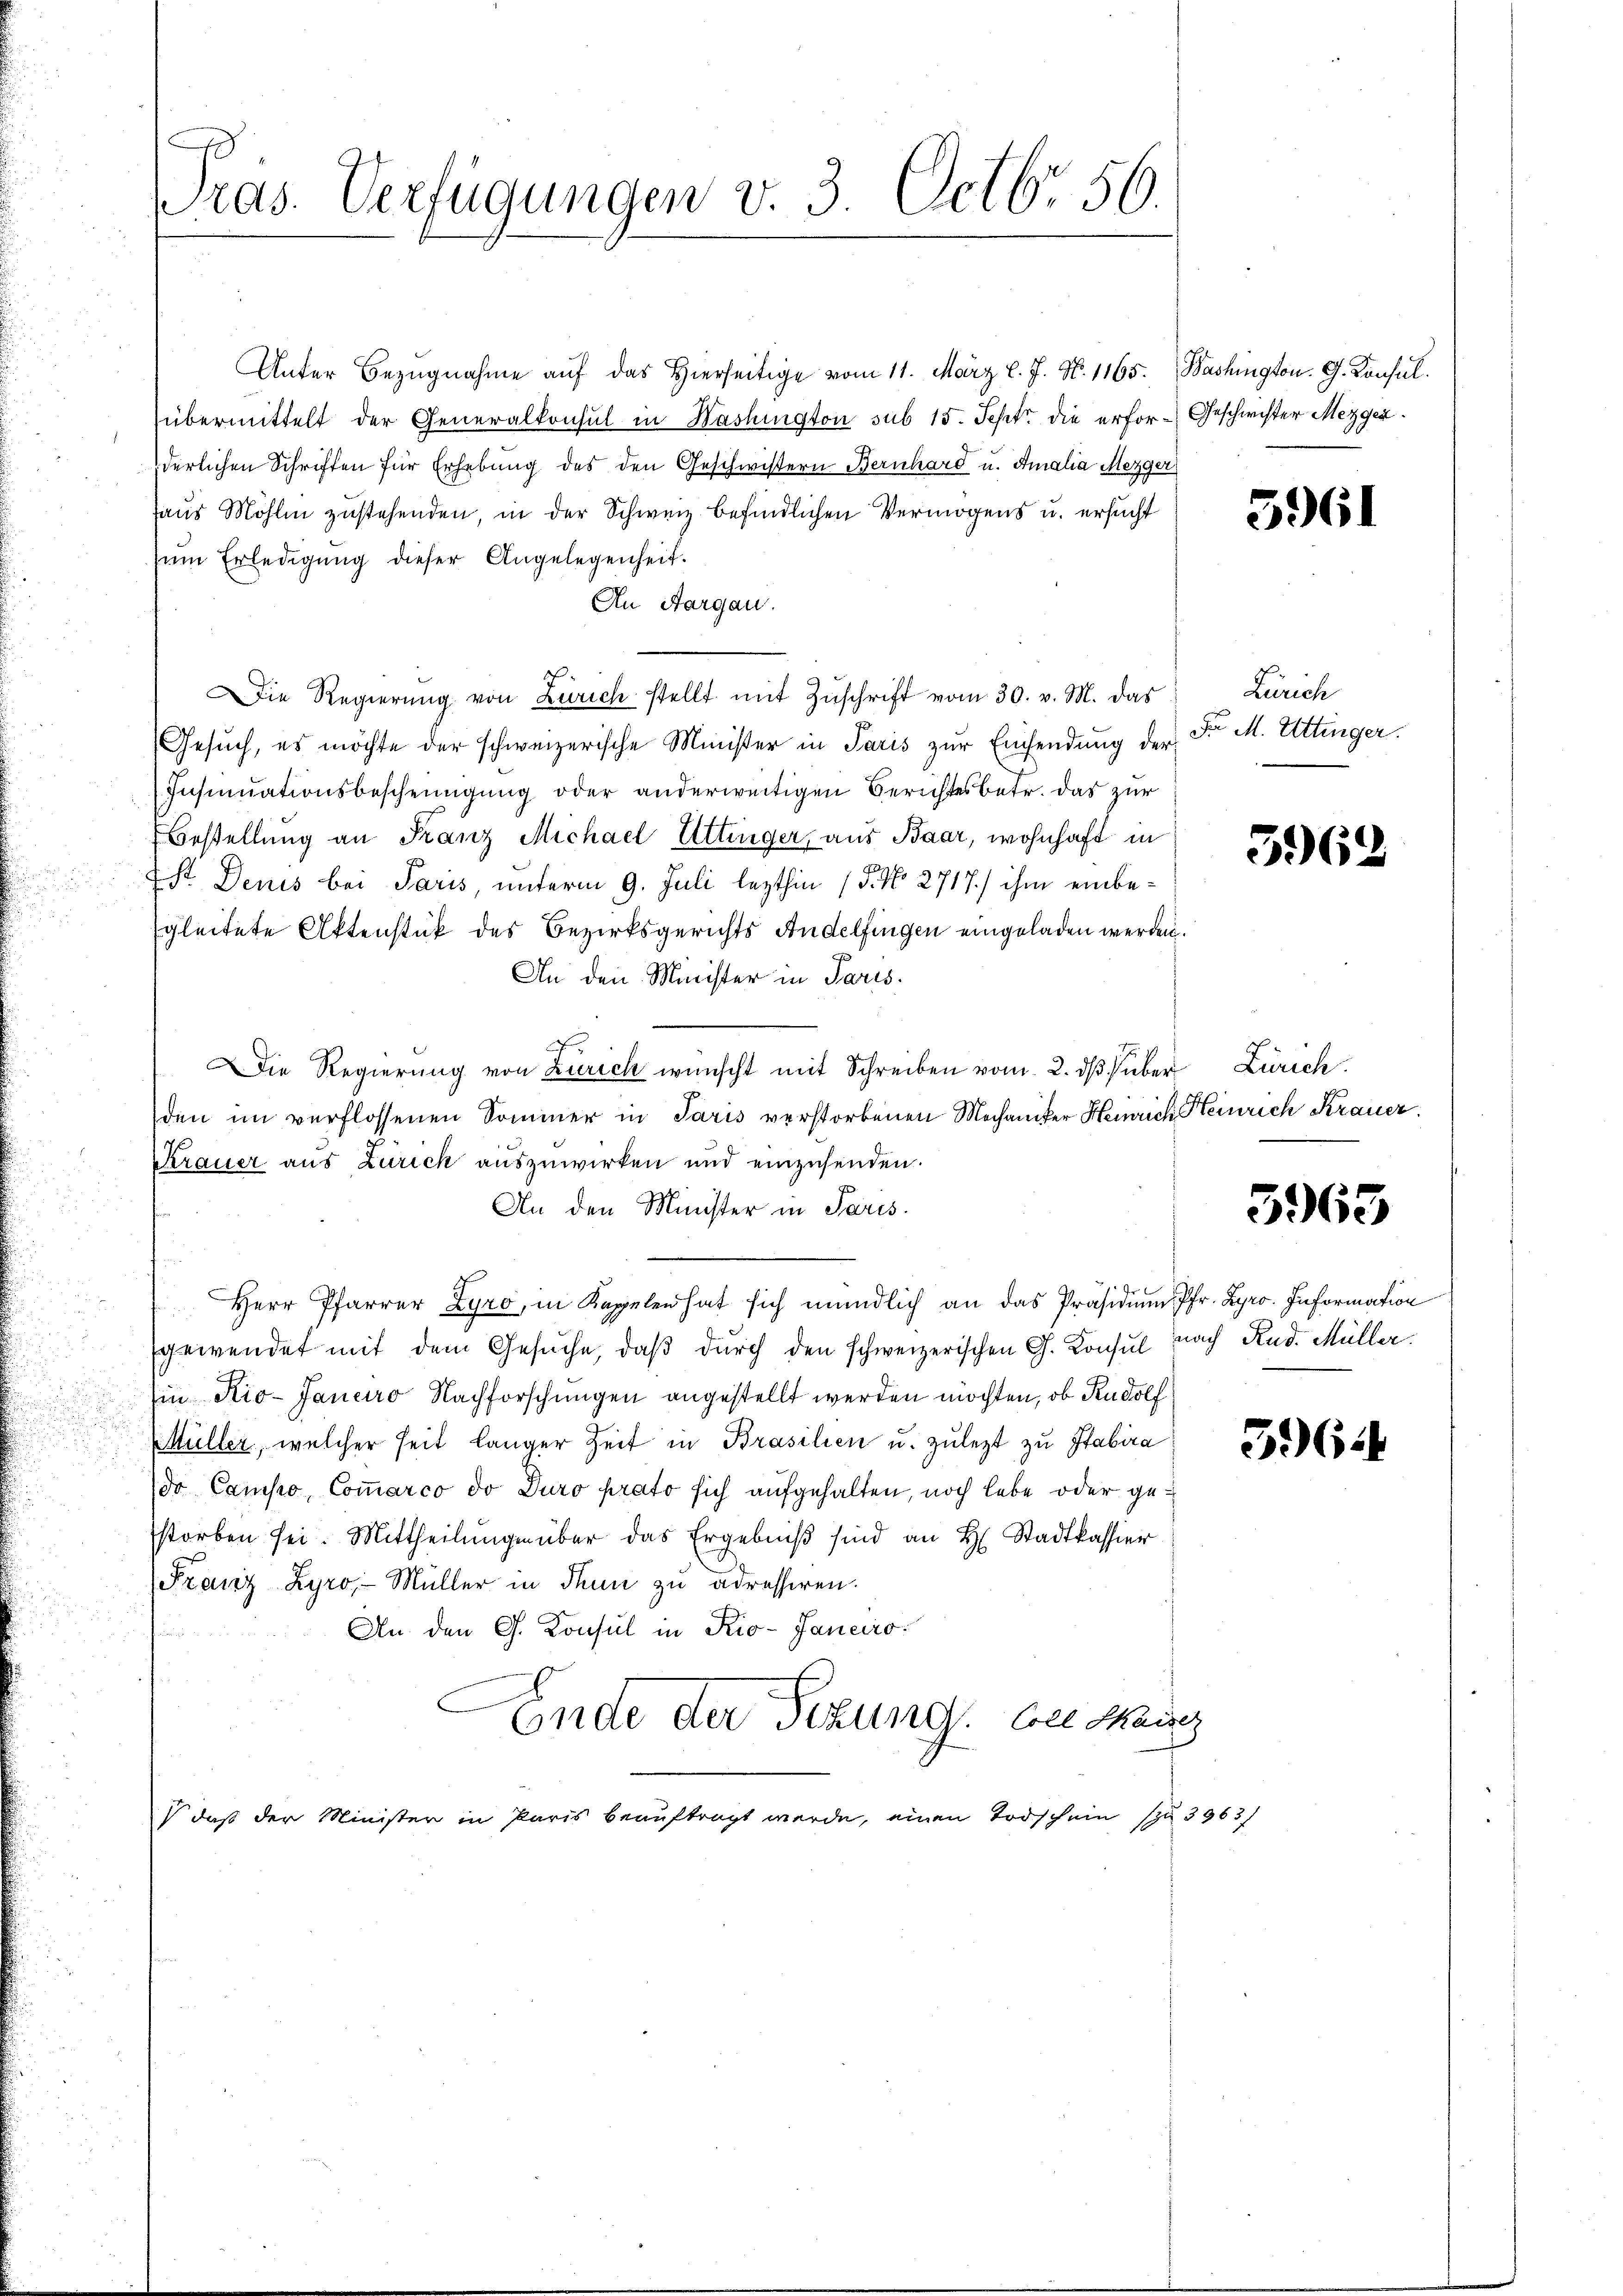
Pras. Verfügungen v. 3. Octbr. 56.

Unter Bezŭgnahme aŭf das hierseitige vom 11. März l. J. N. 1165. Bashington. G. Konsul
übermittelt der Generalkonsul in Washington sub 15. Sept. die erfor-Geschwister Mezger
derlichen Schriften für Erhebung des den Geschwistern Bernhard u. Amalia Mezger
aus Möhlin zustehenden, in der Schweiz befindlichen Vermögens u. ersucht
zŭm Erledigung dieser Angelegenheit.
An Aargau.
ie Regierŭng von Zürich stellt mit Zŭschrift vom 30. v. M. das
Gesuch, es möchte der schweizerische Minister in Paris zur Einsendung der
Insinuationsbescheinigung oder anderweitigen Berichtes betr. das zur
Bestellung an Franz Michael Uttinger, aus Baar, wohnhaft in
Est. Denis bei Paris, unterm 9. Juli lezthin (S. No. 2717/ ihm einbegleitete Aktenstück des Bezirksgerichts Andelfingen eingeladen werden.
An den Minister in Paris.
A
Die Regierung von Zürich wünscht mit Schreiben vom 2. dβ über Zürich
den im verflossenen Sommer in Paris verstorbenen Mechaniker Heinrich Heinrich Krauer.
Krauer aus Zürich auszuwirken und einzusenden.
An den Minister in Paris.
Herr Pfarrer Zyro, in Kapelen hat sich mündlich an das Präsidium Pfr. Hyro. Information
gewendet mit dem Gesŭche, daβ dŭrch den schweizerischen G. Konsul nach Rud. Müller.
Ein Rio-Janeiro Nachforschungen angestellt werden möchten, ob Rudolf
Müller, welcher seit länger Zeit in Brasilien u. zulezt zu Stabira
do Campo, Coṁarco do Duro prato sich aufgehalten, noch lebe oder gestorben sei. Mittheilŭngen über das Ergebniβ sind an H. Stadtkassier
Franz Zyro, Müller in Thun zu adressiren.
An den G. Konsul in Rio-Janeiro
Ende der Sitzung. An Maue
 daß der Minister in Paris beauftragt werde, einen Todschein zu 3963/

Zürich
Dr M. Uttinger.

3961

5962

3965

3.6.